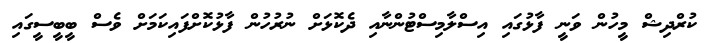
ކުރްދިޝް މީހުން ވަނީ ފާޅުގައި އިސްލާމިސްޓުންނާއި ދެކޮޅަށް ނުރުހުން ފާޅުކޮށްފައިކަމަށް ވެސް ބީބީސީގައި